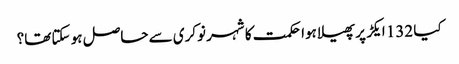
کیا 132 ایکڑ پر پھیلا ہوا حکمت کا شہر نوکری سے حاصل ہو سکتا تھا؟